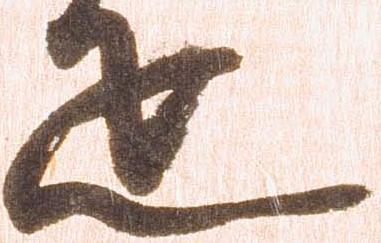
疋